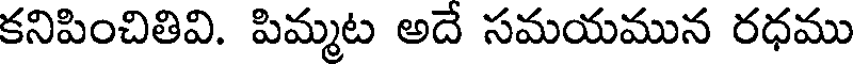
కనిపించితివి. పిమ్మట అదే సమయమున రధము